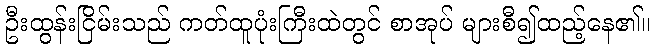
ဦးထွန်းငြိမ်းသည် ကတ်ထူပုံးကြီးထဲတွင် စာအုပ် များစီ၍ထည့်နေ၏။